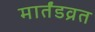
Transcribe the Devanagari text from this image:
मार्तंडव्रत